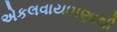
એકલવાયાપણાથી